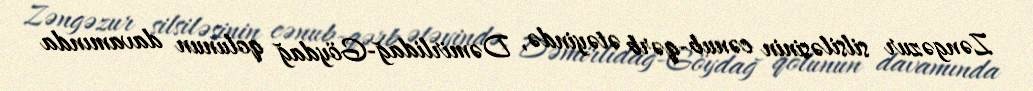
Zəngəzur silsiləsinin cənub-qərb ətəyində, Dəmirlidağ-Göydağ qolunun davamında